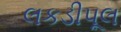
લકડીપૂલ